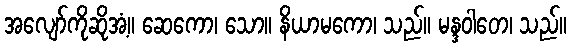
အလျော်ကိုဆိုအံ့။ ဆေကော၊ သော။ နိယာမကော၊ သည်။ မန္ဒဝါတေ၊ သည်။